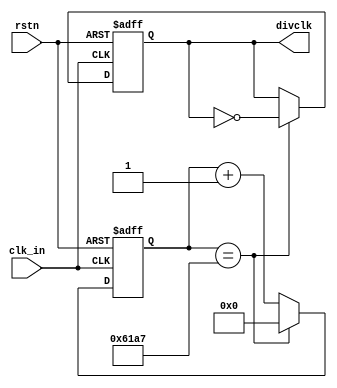
// This program was cloned from: https://github.com/flyjancy/CortexM0_SoC_Task
// License: MIT License

module clk_division #(
    parameter DIVCLK_CNTMAX = 24999
)(
    input   clk_in,
    input   rstn,
    output  divclk
);

reg [31:0] cnt;              
reg divclk_reg;

always@(posedge clk_in, negedge rstn) begin
    if (!rstn) begin
        cnt <= 0;
        divclk_reg <= 0;
    end else begin
        if(cnt == DIVCLK_CNTMAX) begin
            cnt <= 0;
            divclk_reg <= ~divclk_reg;
        end
        else begin
            cnt <= cnt + 1;  
        end
    end
end 

assign divclk = divclk_reg;

endmodule